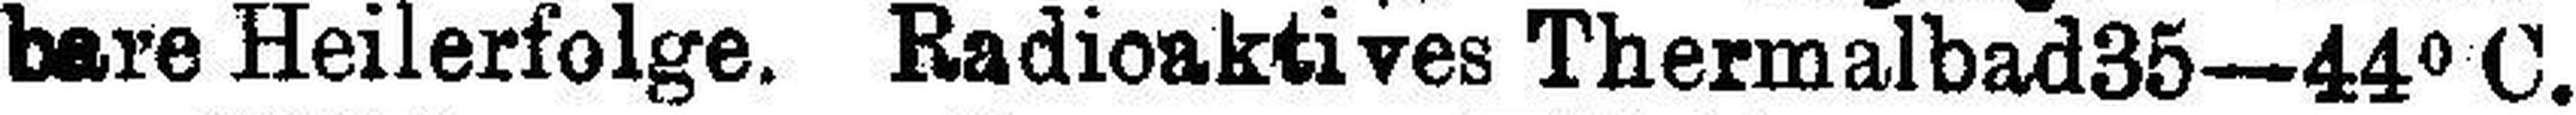
bare Heilerfolge. Radioaktives Thermalbad35—44° C.